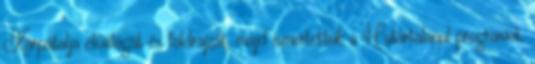
Kárpátalja élővilágát és földrajzát, majd ismertettük a Határtalanul programot,